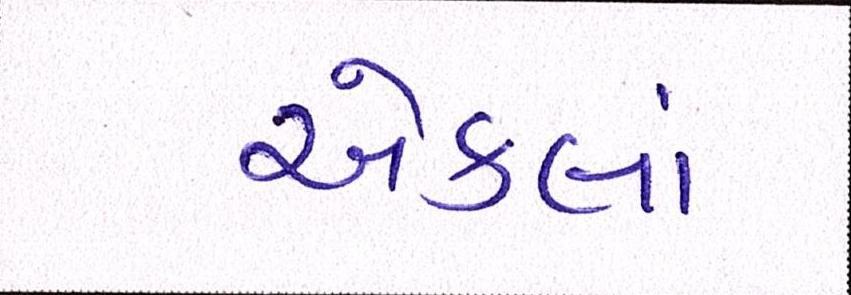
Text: એકલાં